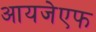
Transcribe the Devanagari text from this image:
आयजेएफ